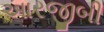
આરજીબી